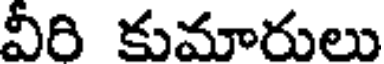
వీరి కుమారులు